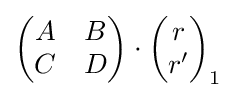
\left({\begin{matrix}A&B\\C&D\\\end{matrix}}\right)\cdot \left({\begin{matrix}r\\r'\\\end{matrix}}\right)_{1}